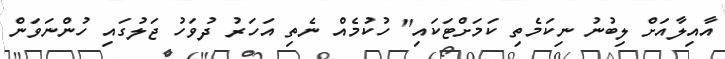
އާއިލާއަށް ލިބުނު ނިކަމެތި ކަމަށްޓަކައި" ހުކުމެއް ނެތި އަހަރު ދުވަހު ޖަލުގައި ހުންނަވަން